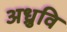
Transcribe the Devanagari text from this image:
अध्रुवि